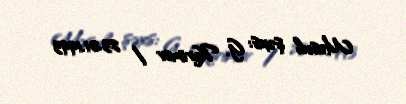
Məsul şəxs: G. Kərimov / 23.01.1993